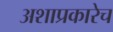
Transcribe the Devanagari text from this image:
अशाप्रकारेच